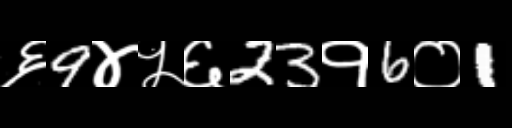
Text: ६9४५६23१6०1